Scottish Leaving Certificate Examination, 1958
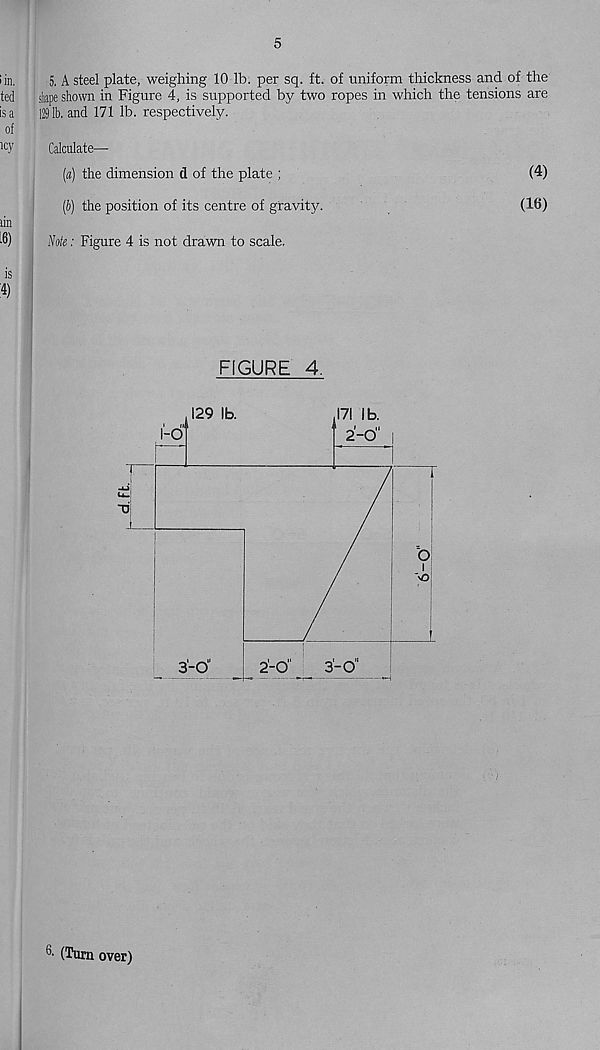
5
5, A steel plate, weighing 10 lb. per sq. ft. of uniform thickness and of the
shape shown in Figure 4, is supported by two ropes in which the tensions are
1291b. and 171 lb. respectively.
Calculate—
(a) the dimension d of the plate ;
(4)
(b) the position of its centre of gravity.
(16)
iVofe: Figure 4 is not drawn to scale.
FIGURE 4.
(Turn over)